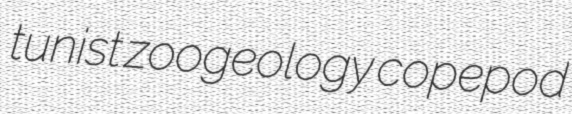
tunist zoogeology copepod